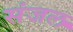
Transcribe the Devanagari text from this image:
संजल